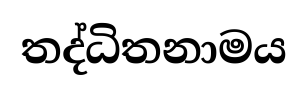
තද්ධිතනාමය